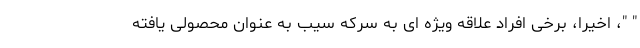
" "، اخیرا، برخی افراد علاقه ویژه ای به سرکه سیب به عنوان محصولی یافته